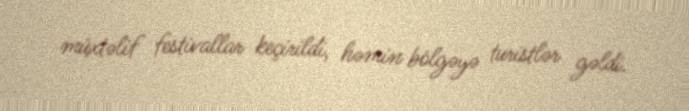
müxtəlif festivallar keçirildi, həmin bölgəyə turistlər gəldi.